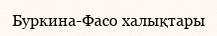
Буркина-Фасо халықтары